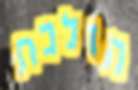
הולכת